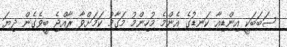
ސަބަބަކީ އިންޑިއާ ކަނޑުގެ އެންމެ މުހިންމު މަގާމު ކަމަށްވާ ރާއްޖެ ބީވެގެން ދިޔަ